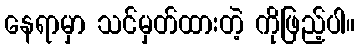
နေရာမှာ သင်မှတ်ထားတဲ့ ကိုဖြည့်ပါ။